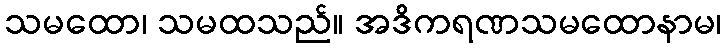
သမထော၊ သမထသည်။ အဒိကရဏသမထောနာမ၊